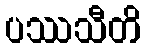
ပဿသီတိ